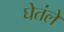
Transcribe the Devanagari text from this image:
घेतंले